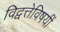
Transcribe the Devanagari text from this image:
विद्वत्तेविषयीं